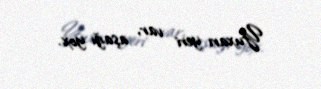
Yuxarı yeri var, aşağı yox.